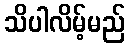
သိပါလိမ့်မည်